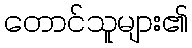
တောင်သူများ၏